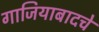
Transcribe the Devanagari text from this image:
गाजियाबादचे